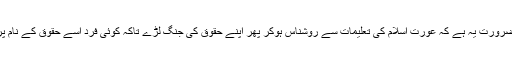
اس وقت کی اہم ضرورت یہ ہے کہ عورت اسلام کی تعلیمات سے روشناس ہوکر پھر اپنے حقوق کی جنگ لڑے تاکہ کوئی فرد اسے حقوق کے نام پر بھٹکا نہ سکے۔